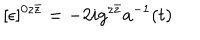
[ \epsilon ] ^ { 0 z \bar { z } } = - 2 i g ^ { z \bar { z } } a ^ { - 1 } ( t )